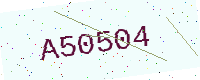
Text: A50504